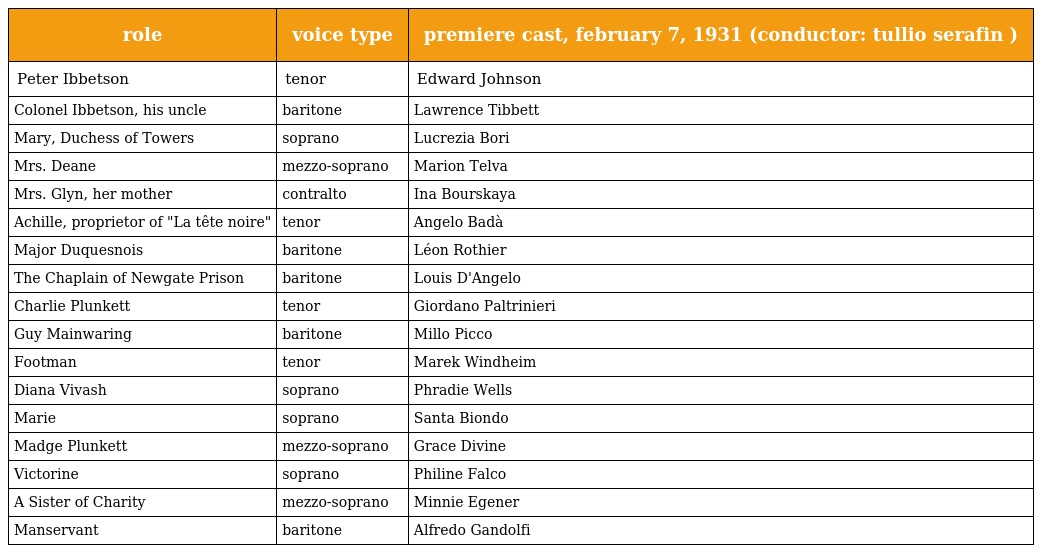
| role | voice type | premiere cast, february 7, 1931 (conductor: tullio serafin ) |
 | --- | --- | --- |
 | Peter Ibbetson | tenor | Edward Johnson |
 | Colonel Ibbetson, his uncle | baritone | Lawrence Tibbett |
 | Mary, Duchess of Towers | soprano | Lucrezia Bori |
 | Mrs. Deane | mezzo-soprano | Marion Telva |
 | Mrs. Glyn, her mother | contralto | Ina Bourskaya |
 | Achille, proprietor of "La tête noire" | tenor | Angelo Badà |
 | Major Duquesnois | baritone | Léon Rothier |
 | The Chaplain of Newgate Prison | baritone | Louis D'Angelo |
 | Charlie Plunkett | tenor | Giordano Paltrinieri |
 | Guy Mainwaring | baritone | Millo Picco |
 | Footman | tenor | Marek Windheim |
 | Diana Vivash | soprano | Phradie Wells |
 | Marie | soprano | Santa Biondo |
 | Madge Plunkett | mezzo-soprano | Grace Divine |
 | Victorine | soprano | Philine Falco |
 | A Sister of Charity | mezzo-soprano | Minnie Egener |
 | Manservant | baritone | Alfredo Gandolfi |